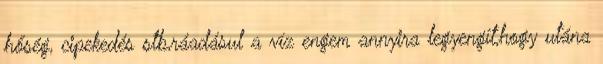
hőség, cipekedés stb,ráadásul a víz engem annyira legyengít,hogy utána